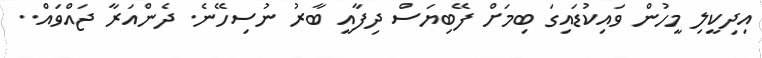
އިދިކީލި މީހުން ވައިކުޑައިގަ ބިމަށް ފޭބިޔަސް ދިފާއީ ބާރު ނުސިހޭނެ. ދެންއަަރާ ޖައްވައް..